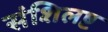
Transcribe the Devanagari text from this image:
संशिलष्ट